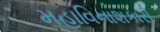
મહાવિનાશકારી